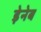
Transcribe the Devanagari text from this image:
ड़ेनेब